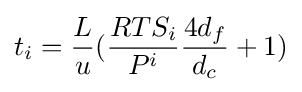
t_{i}={\frac {L}{u}}({\frac {RTS_{i}}{P^{i}}}{\frac {4d_{f}}{d_{c}}}+1)